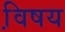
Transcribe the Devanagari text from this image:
वि़षय